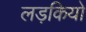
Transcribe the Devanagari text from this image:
लड़कियो